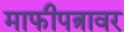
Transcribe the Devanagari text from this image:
माफीपत्रावर